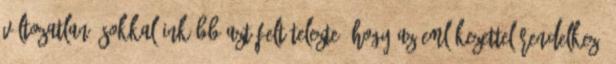
változatlan. Sokkal inkább azt feltételezte, hogy az emlékezettel rendelkező